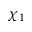
\chi _ { 1 }